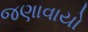
જણાવાયો